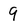
Character: 9